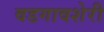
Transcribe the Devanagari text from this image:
वडगावशेरी